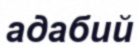
адабий